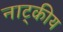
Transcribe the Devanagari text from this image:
नाट्कीय